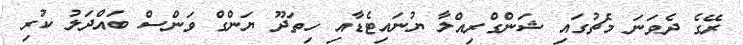
ރޭގެ ދެވަނަ މެޗުގައި ޝަންގްރިއްލާ ޔުނައިޓެޑާއި ހިތަދޫ ޔަންގް ވަންސް ބައްދަލު ކުރި